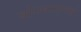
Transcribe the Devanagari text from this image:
बोगद्यासारखे